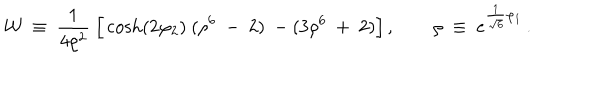
{ \cal W } ~ \equiv ~ { \frac { 1 } { 4 \rho ^ { 2 } } } ~ \Big [ \cosh ( 2 \varphi _ { 2 } ) ~ ( \rho ^ { 6 } ~ - ~ 2 ) ~ - ( 3 \rho ^ { 6 } ~ + ~ 2 ) \Big ] \, , \qquad \rho ~ \equiv ~ e ^ { { \frac { 1 } { \sqrt { 6 } } } \varphi _ { 1 } } \, .